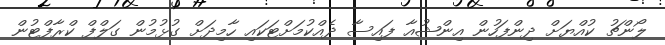
ލޯންޗު ކުއްޔަށް ދިންފަހުން އިންޝުއާ ފައިސާ ދެއްކުމަށްޓަކައި ހާމިދަށް ގުޅުމުން ގަލްފް ކްރާފްޓުން